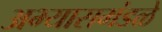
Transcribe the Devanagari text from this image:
अभ्यासमंडळे